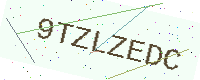
Text: 9TZLZEDC